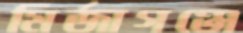
মির্জাগঞ্জে